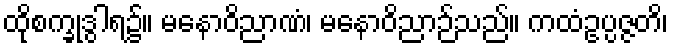
ထိုစက္ခုဒွါရ၌။ မနောဝိညာဏံ၊ မနောဝိညာဉ်သည်။ ကထံဥပ္ပဇ္ဇတိ၊